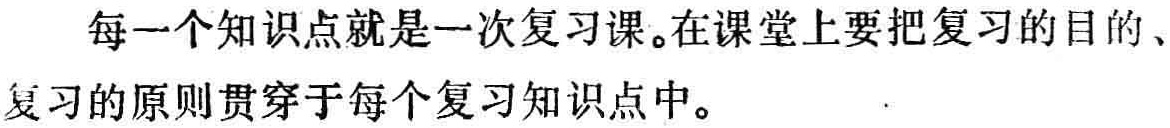
每一个知识点就是一次复习课。在课堂上要把复习的目的、复习的原则贯穿于每个复习知识点中。